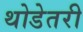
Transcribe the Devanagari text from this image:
थोडेतरी